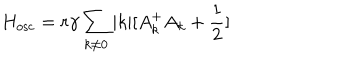
H _ { \mathrm { o s c } } = r { \gamma } \sum _ { k { \neq } 0 } | k | [ A _ { k } ^ { + } A _ { k } + \frac { 1 } { 2 } ]